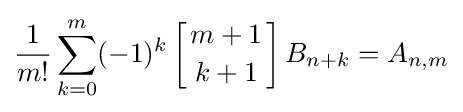
{\frac {1}{m!}}\sum _{k=0}^{m}(-1)^{k}\left[{m+1 \atop k+1}\right]B_{n+k}=A_{n,m}